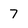
Character: 7